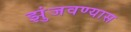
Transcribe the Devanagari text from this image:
झुंजवण्यास